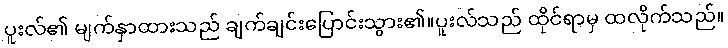
ပူးလ်၏ မျက်နှာထားသည် ချက်ချင်းပြောင်းသွား၏။ပူးလ်သည် ထိုင်ရာမှ ထလိုက်သည်။